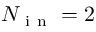
N _ { \mathrm { ~ i ~ n ~ } } = 2